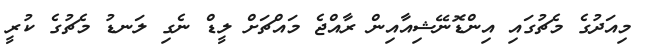
މިއަދުގެ މެޗުގައި އިންޑޮނޭޝިއާއިން ރާއްޖެ މައްޗަށް ލީޑް ނެގި ލަނޑު މެޗުގެ ކުރީ